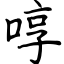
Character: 啍